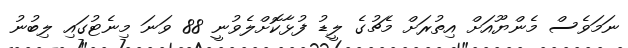
ނަމަވެސް މެންޔޫއަށް އިތުރަށް މެޗުގެ ލީޑު ފުޅާކޮށްލެވުނީ 88 ވަނަ މިނެޓުގައި ލިބުނު